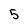
Character: 5